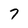
Character: 7